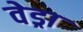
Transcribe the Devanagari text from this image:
वेड्रा